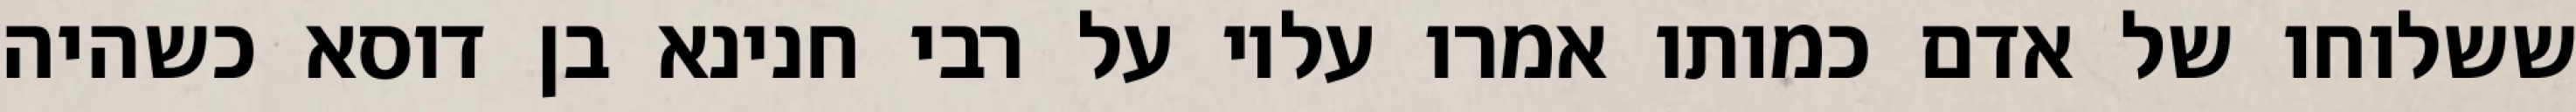
ששלוחו של אדם כמותו אמרו עליו על רבי חנינא בן דוסא כשהיה